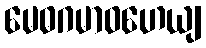
မေဓဂမာဝဟေယျ